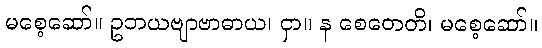
မစေ့ဆော်။ ဥဘယဗျာဗာဓာယ၊ ငှာ။ န စေတေတိ၊ မစေ့ဆော်။